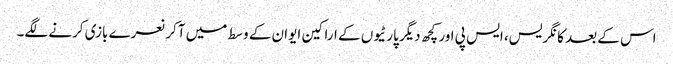
اس کے بعد کانگریس، ایس پی اور کچھ دیگر پارٹیوں کے اراکین ایوان کے وسط میں آکر نعرے بازی کرنے لگے۔